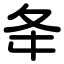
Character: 夅